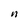
Character: n